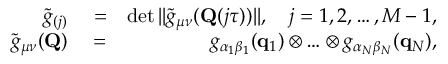
\begin{array} { r l r } { \tilde { g } _ { ( j ) } } & { { } = } & { \operatorname* { d e t } | | \tilde { g } _ { \mu \nu } ( \mathbf { Q } ( j \tau ) ) | | , ~ ~ ~ j = 1 , 2 , \ldots , M - 1 , } \\ { \tilde { g } _ { \mu \nu } ( \mathbf { Q } ) } & { { } = } & { g _ { \alpha _ { 1 } \beta _ { 1 } } ( \mathbf { q } _ { 1 } ) \otimes \ldots \otimes g _ { \alpha _ { N } \beta _ { N } } ( \mathbf { q } _ { N } ) , } \end{array}